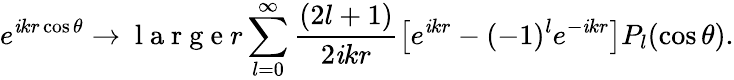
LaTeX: e^{\mathit{i}kr\cos\theta}\xrightarrow{}{{\mathrm{{~l~a~r~g~e~}}r}}\sum_{l=0}^{\infty}\frac{{(2l+1)}}{{2\mathit{i}kr}}\left[e^{\mathit{i}kr}-(-1)^{l}e^{-\mathit{i}kr}\right]P_{l}(\cos\theta).